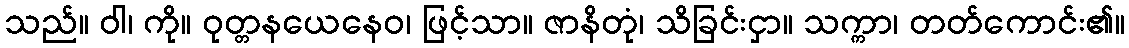
သည်။ ဝါ၊ ကို။ ဝုတ္တနယေနေဝ၊ ဖြင့်သာ။ ဇာနိတုံ၊ သိခြင်းငှာ။ သက္ကာ၊ တတ်ကောင်း၏။